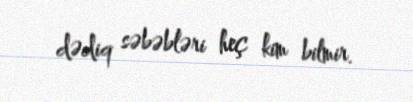
dədiq səbəbləri heç kim bilmir.